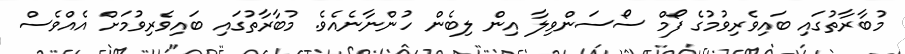
މުބާރާތުގައި ބައިވެރިވުމުގެ ފޯމް ސޯސަންވިލާ އިން ލިބެން ހުންނާނެއެވެ. މުބާރާތުގައި ބައިވެރިވުމަށް އެއްވެސް